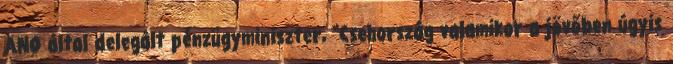
ANO által delegált pénzügyminiszter, “Csehország valamikor a jövőben úgyis